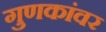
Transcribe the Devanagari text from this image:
गुणकांवर